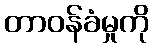
တာဝန်ခံမှုကို